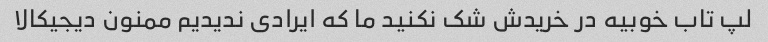
لپ تاب خوبیه در خریدش شک نکنید ما که ایرادی ندیدیم ممنون دیجیکالا